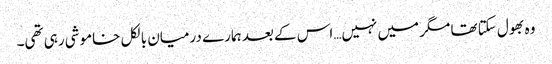
وہ بھول سکتا تھا مگر میں نہیں…اس کے بعد ہمارے درمیان بالکل خاموشی رہی تھی۔